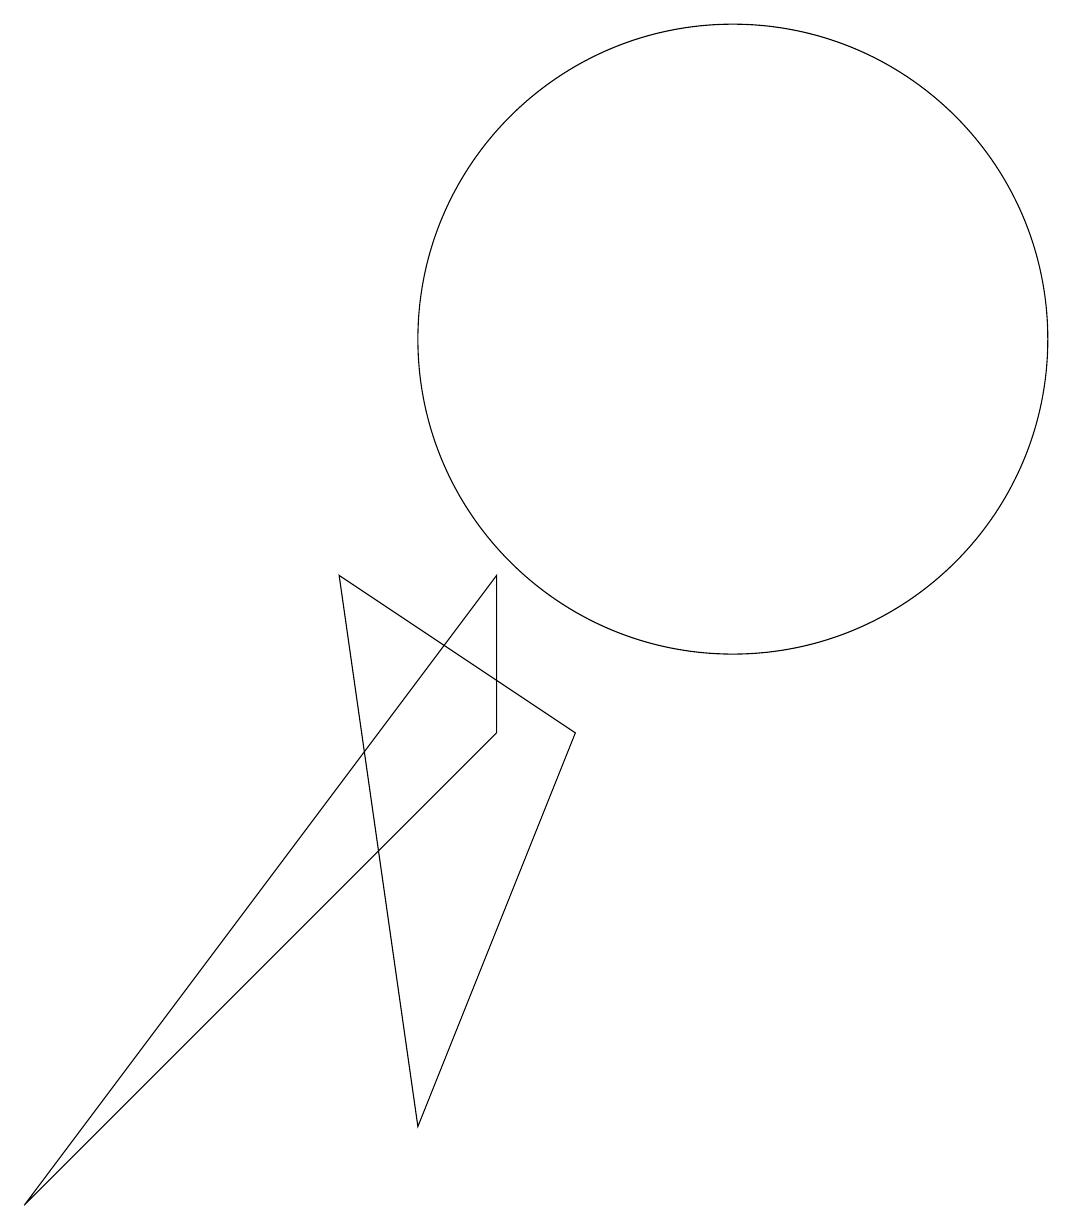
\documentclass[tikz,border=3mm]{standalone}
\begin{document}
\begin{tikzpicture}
\draw (7,1) -- (9,6) -- (6,8) -- cycle;
\draw (11,11) circle (4);
\draw (2,0) -- (8,8) -- (8,6) -- cycle;
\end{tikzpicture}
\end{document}